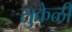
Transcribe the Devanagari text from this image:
सुकेळी